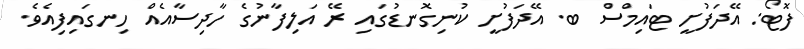
ފޮޓޯ: އޭދަފުށީ ޓައިމްސް ބ. އޭދަފުށީ ކުނިގޮނޑުގައި ރޭ އަލިފާނުގެ ހާދިސާއެއް ހިނގައިފިއެވެ.